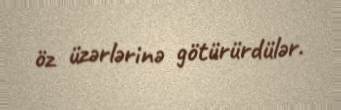
öz üzərlərinə götürürdülər.